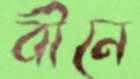
বীনে